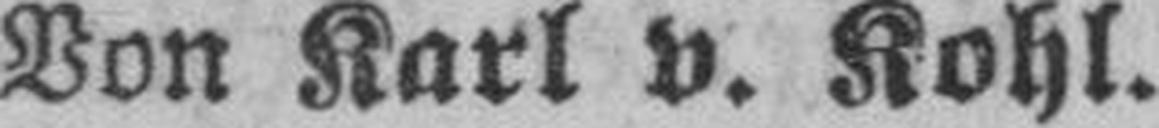
Von Karl v. Kohl.